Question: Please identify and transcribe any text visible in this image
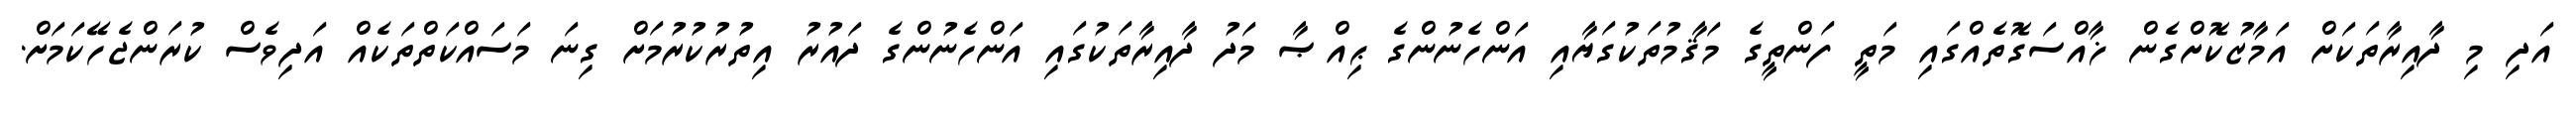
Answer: އަދި މި ދާއިރާތަކަށް އަމާޒުކޮށްގެން ޚާއްސަގޮތެއްގައި މަތީ ފަންތީގެ މަޤާމުތަކުގަޔާއި އަންހެނުންގެ ޙިއްޞާ މަދު ދާއިރާތަކުގައި އަންހެނުންގެ ދައުރު އިތުރުކުރުމަށް ގިނަ މަސައްކަތްތަކެއް އަދިވެސް ކުރަންޖެހޭކަމަށް.